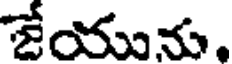
జేయును.